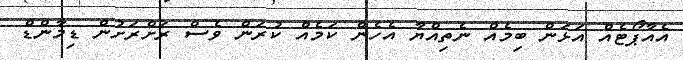
އެއާޕޯޓެއް އަޅަން ބިމެއް ނެތިއްޔާ އެހެން ކަމެއް ކުރަން ވެސް ރަށްރަށުން ޑިމާންޑް